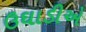
ઉઘાડીએ